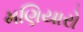
મણિયારો